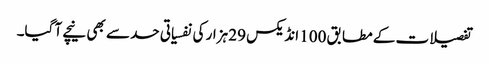
تفصیلات کے مطابق 100 انڈیکس 29 ہزار کی نفسیاتی حد سے بھی نیچے آ گیا۔